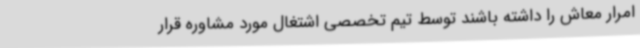
امرار معاش را داشته باشند توسط تیم تخصصی اشتغال مورد مشاوره قرار